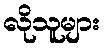
လိုသူများ